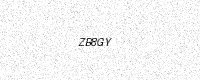
Text: ZB8GY